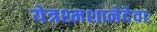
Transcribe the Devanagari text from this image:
येत्रश्मशानेदेवाः